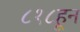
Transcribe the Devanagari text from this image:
८१८हून